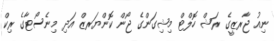
ނިއު ޖާރޒީގެ ރަޝް ހޮލްޓް މިޝިގަންގެ ޖޯން ކޮންޔަރޒް އަދި މިނެސޯޓާގެ ރިކް